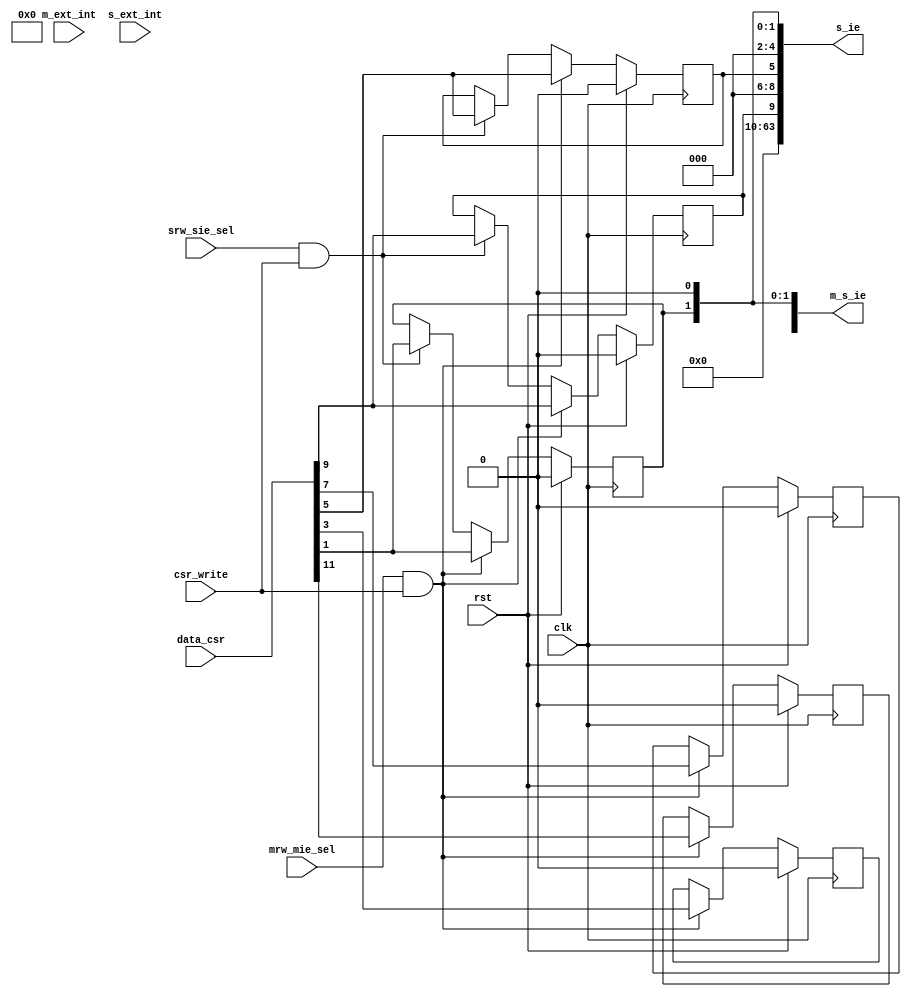
module m_s_ie(
input wire clk,
input wire rst,

//
input wire m_ext_int,	//M
input wire s_ext_int,	//S

//
input wire mrw_mie_sel,
input wire srw_sie_sel,
input wire csr_write,
output wire [63:0]m_s_ie,
output wire [63:0]s_ie,
input wire [63:0]data_csr

);

reg ssie;
reg msie;
reg stie;
reg mtie;
reg seie;
reg meie;

always@(posedge clk)begin
	if(rst)begin
		ssie<=	1'b0;
		msie<=	1'b0;
		stie<=	1'b0;
		mtie<=	1'b0;
		seie<=	1'b0;
		meie<=	1'b0;
	end
	else if(mrw_mie_sel & csr_write)begin
		ssie<=	data_csr[1];
		msie<=	data_csr[3];
		stie<=	data_csr[5];
		mtie<=	data_csr[7];
		seie<=	data_csr[9];
		meie<=  data_csr[11];
	end
	else if(srw_sie_sel & csr_write)begin
		ssie<=	data_csr[1];

		stie<=	data_csr[5];

		seie<=	data_csr[9];
	end
end
assign m_s_ie	=	{52'b0,meie,1'b0,seie,1'b0,mtie,1'b0,stie,1'b0,msie,1'b0,ssie,1'b0};
assign s_ie		=	{54'b0,seie,3'b0,stie,3'b0,ssie,1'b0};

endmodule